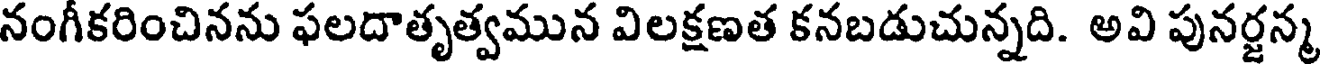
నంగీకరించినను ఫలదాతృత్వమున విలక్షణత కనబడుచున్నది. అవి పునర్జన్మ